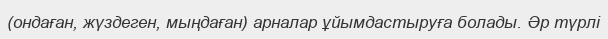
(ондаған, жүздеген, мыңдаған) арналар ұйымдастыруға болады. Әр түрлі